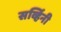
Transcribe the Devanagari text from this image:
सर्व्हिनी